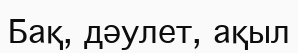
Бақ, дәулет, ақыл